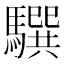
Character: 𩦖